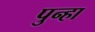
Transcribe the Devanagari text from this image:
पुन्‍हा